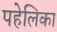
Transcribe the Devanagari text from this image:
पहेलिका